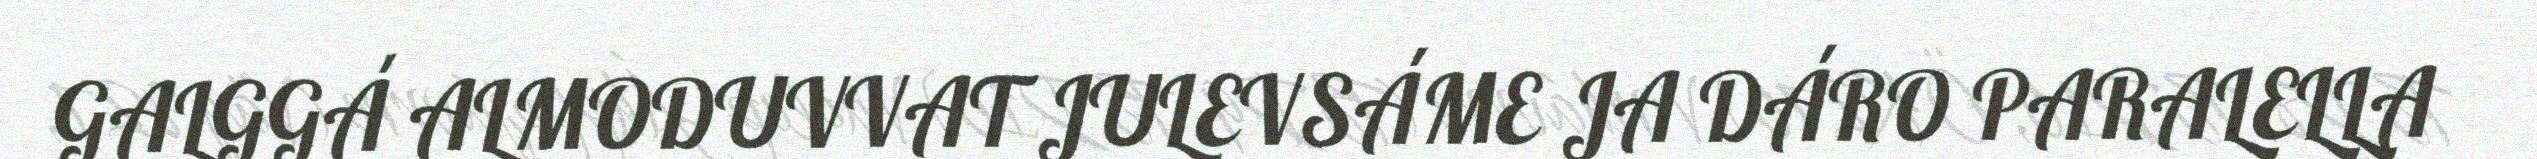
GALGGÁ ALMODUVVAT JULEVSÁME JA DÁRO PARALELLA